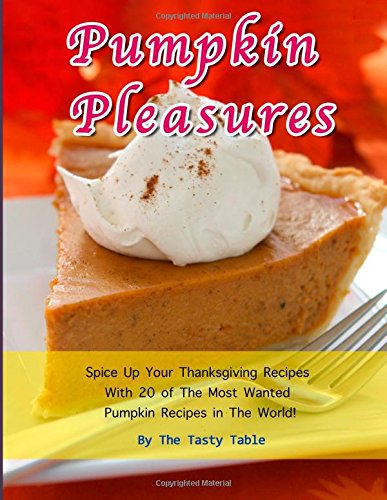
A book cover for Pumpkin Pleasures:  Spice Up Your Thanksgiving Recipes With 20 of The Most Wanted Pumpkin Recipes in The World!; The Tasty Table; Cookbooks, Food & Wine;